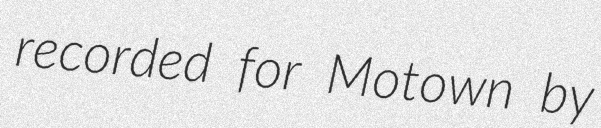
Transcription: recorded for Motown by